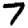
Digit: 7